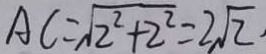
A C = \sqrt { 2 ^ { 2 } + 2 ^ { 2 } } = 2 \sqrt { 2 }